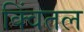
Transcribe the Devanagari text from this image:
क्विंतल